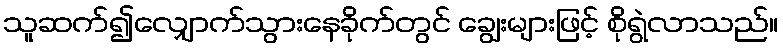
သူဆက်၍လျှောက်သွားနေခိုက်တွင် ချွေးများဖြင့် စိုရွဲလာသည်။